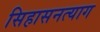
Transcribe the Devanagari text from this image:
सिहासनत्याग